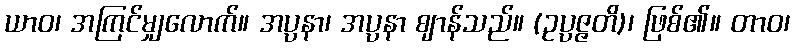
ယာဝ၊ အကြင်မျှလောက်။ အပ္ပနာ၊ အပ္ပနာ ဈာန်သည်။ (ဥပ္ပဇ္ဇတိ)၊ ဖြစ်၏။ တာဝ၊